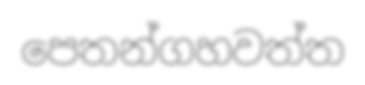
පෙතන්ගහවත්ත